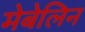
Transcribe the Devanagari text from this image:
मेबेलिन